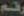
رقم